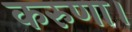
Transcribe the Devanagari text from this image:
करुणा।